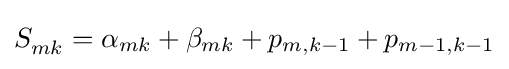
S_{mk}^{}=\alpha _{mk}+\beta _{mk}+p_{m,k-1}+p_{m-1,k-1}